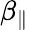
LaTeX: \beta_{\parallel}